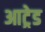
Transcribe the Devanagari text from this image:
आट्रेड